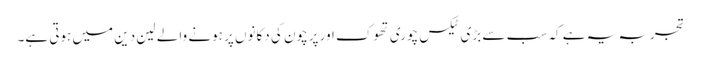
تجربہ یہ ہے کہ سب سے بڑی ٹیکس چوری تھوک اور پرچون کی دکانوں پر ہونے والے لین دین میں ہوتی ہے۔